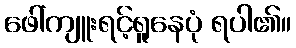
ဖေါ်ကျူးရင့်ရူနေပုံ ရပါ၏။